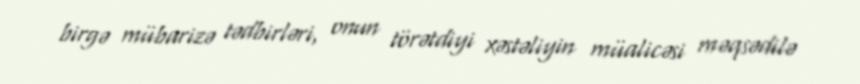
birgə mübarizə tədbirləri, onun törətdiyi xəstəliyin müalicəsi məqsədilə